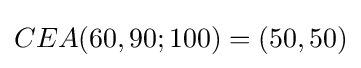
CEA(60,90;100)=(50,50)